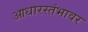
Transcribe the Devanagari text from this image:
आधारस्तंभावर